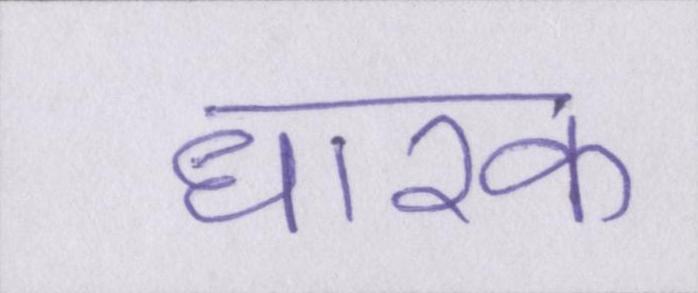
धारक